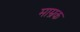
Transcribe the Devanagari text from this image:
माम्रक